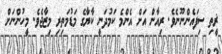
ޜީތި ސިފައެންނޫނެވެ. ރިއާން އަށް އެންމެ ކަމުދަނީ ކާޔާގެ މަޑުމަތިރި މިޒާޖެވެ. މީހުންނަށް